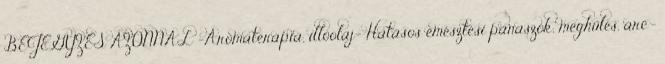
BEJEGYZÉS AZONNAL -Aromaterápia, illóolaj- Hatásos emésztési panaszok, meghűlés, arc-